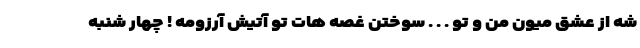
شه از عشق میون من و تو . . . سوختن غصه هات تو آتیش آرزومه ! چهار شنبه